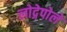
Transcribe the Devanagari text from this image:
लोद्गेपोले